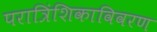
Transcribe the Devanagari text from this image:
परात्रिंशिकाविवरण